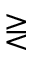
\gtreqless